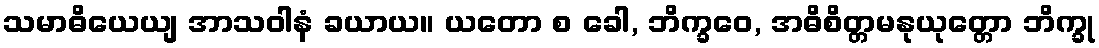
သမာဓိယေယျ အာသဝါနံ ခယာယ။ ယတော စ ခေါ, ဘိက္ခဝေ, အဓိစိတ္တမနုယုတ္တော ဘိက္ခု